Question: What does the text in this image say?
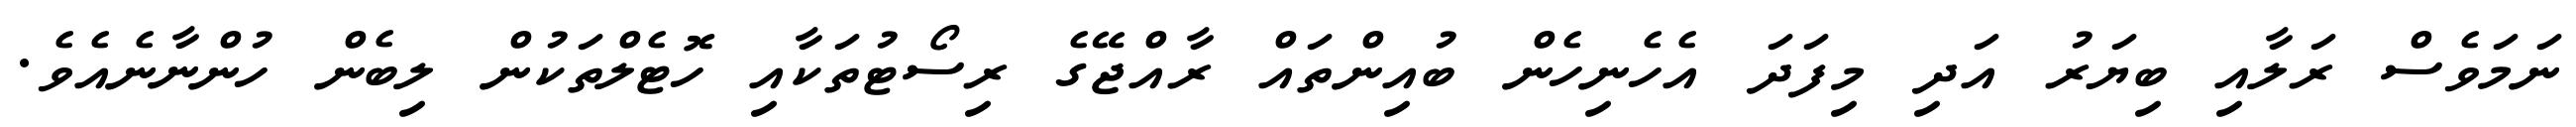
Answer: ނަމަވެސް ރަލާއި ބިޔަރު އަދި މިފަދަ އެހެނިހެން ބުއިންތައް ރާއްޖޭގެ ރިސޯޓުތަކާއި ހޮޓެލްތަކުން ލިބެން ހުންނާނެއެވެ.